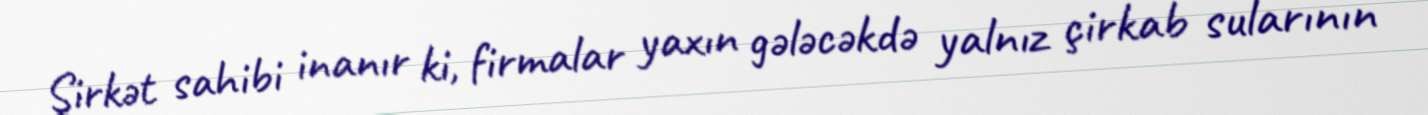
Şirkət sahibi inanır ki, firmalar yaxın gələcəkdə yalnız çirkab sularının